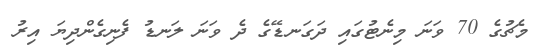
މެޗުގެ 70 ވަނަ މިނެޓުގައި ދަގަނޑޭގެ ދެ ވަނަ ލަނޑު ފެނިގެންދިޔަ އިރު